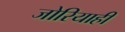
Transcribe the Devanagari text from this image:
जोरियाही